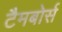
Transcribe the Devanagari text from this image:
टैमबोर्स